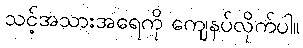
သင့်အသားအရေကို ကျေနပ်လိုက်ပါ။